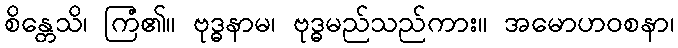
စိန္တေသိ၊ ကြံ၏။ ဗုဒ္ဓနာမ၊ ဗုဒ္ဓမည်သည်ကား။ အမောဟဝစနာ၊